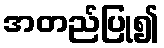
အတည်ပြု၍